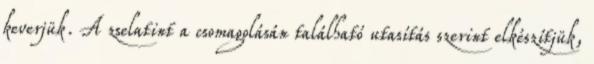
keverjük. A zselatint a csomagolásán található utasítás szerint elkészítjük,